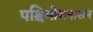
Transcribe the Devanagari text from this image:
पश्चिमोत्तनासन